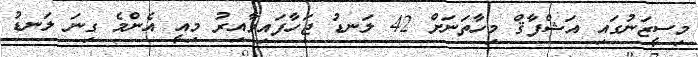
މިސީޒަނުގައި އަޝްފާޤް މިހާތަނަށް 42 ލަނޑު ޖަހާފައިވާއިރު މިއީ އެންމެ ގިނަ ލަނޑު